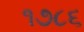
૧૭૮૬